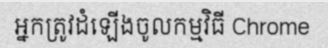
អ្នកត្រូវដំឡើងចូលកម្មវិធី Chrome